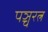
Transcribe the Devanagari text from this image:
पञ्चरत्न